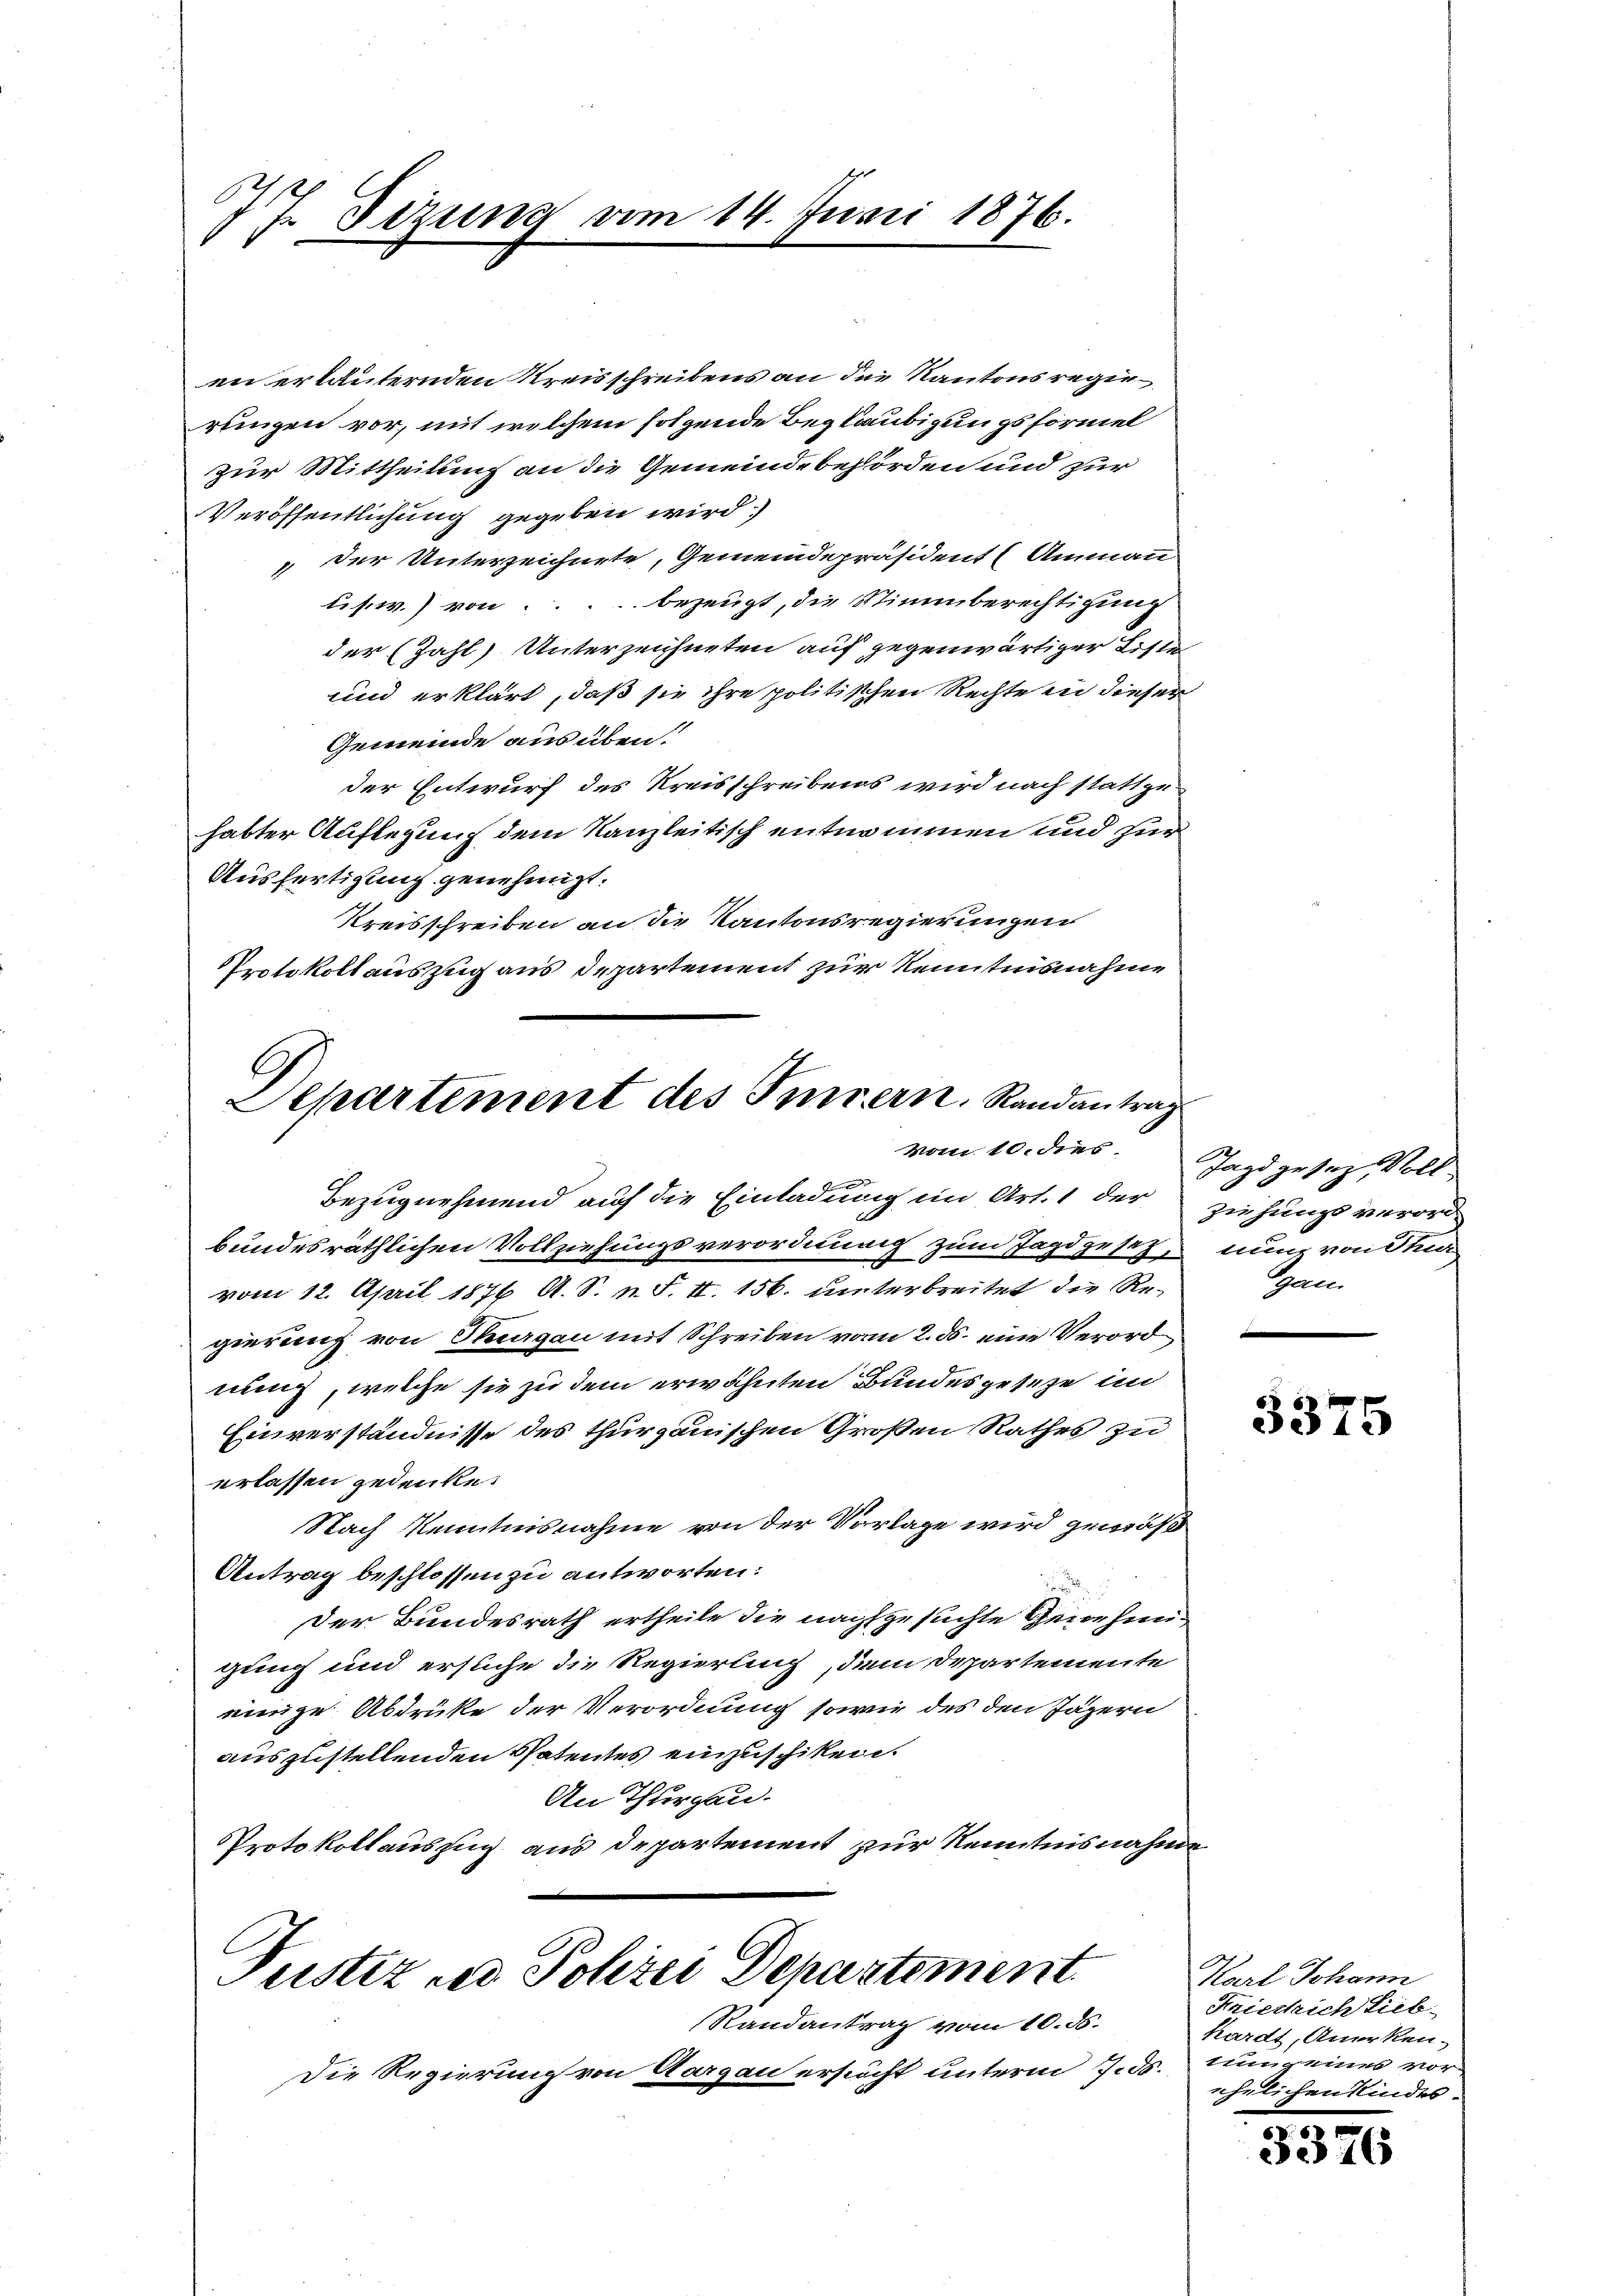
77. Sitzung

vom 14. Juni 1876.

en erläuternden Kreisschreibens an die Kantons regierungen vor, mit welchem folgende Beglaubigungsformel
zur Mittheilung an die Gemeindebehörden und zur
Veröffentlichung gegeben wird.
 der Unterzeichnete, Gemeindepräsident (Ammann
L.s.w.) von ... bezeugt, die Stimmberechtigung
der (Zahl Unterzeichneten auf gegenwärtiger Liste
und erklärt, daß sie ihre politischen Rechte in dieser
Gemeinde aus üben.
der Entwurf des Kreisschreibens wird nach stattgehabter Auflegung dem Kanzleitisch entnommen und zur
Ausfertigung genehmigt.
Kreisschreiben an die Kantonsregierungen
Protokollauszug aus Departement zur Kenntnisnahme

Departement des Innern. Randantrag
Bezugnehmend auf die Einladung im Art. 1 der ziehungsverord-

Fustiz und Polizei Departement.
Randantrag vom 10. ds.

Die Regierung von Aargau ersucht unterm 7. ds. tung einer vor¬

bundesräthlichen Vollziehungsverordnung zum Jagdgesetze nun von Str
vom 12. April 1876 A. S. n. F. II. 156. unterbreitet die Regierung von Sargau mit Schreiben vom 2. ds. eine Verord
nung, welche sie zu dem erwähnten Bundesgesetze im
Einverständnisse des thurgauischen Großen Rathes zu
erlassen gedenke.
Nach Kenntnisnahme von der Vorlage wird gemäß
Antrag beschlossen zu antworten:
Der Bundesrath ertheile die nachgesuchte Genehmigung und ersuche die Regierung, dem Departemente
einige Abdrüke der Verordnung sowie des den Jägern
auszustellenden Patentes einzuschiken.
An Thurgau.
Protokollauszug aus Departement zur Kenntnisnahme

vom 10. dies Jagdgesetz, Voll-
Sgan

3375

Karl Johann
Friedrich Lieb
kardt, Anerkenehelichen Kindes: